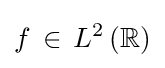
f\,\in \,L^{2}\left(\mathbb {R} \right)